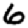
Digit: 6